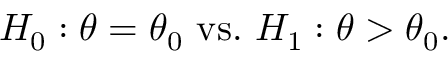
H _ { 0 } : \theta = \theta _ { 0 } { \mathrm { ~ v s . ~ } } H _ { 1 } : \theta > \theta _ { 0 } .